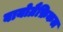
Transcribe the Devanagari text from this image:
बायोग्रैफ़िकल